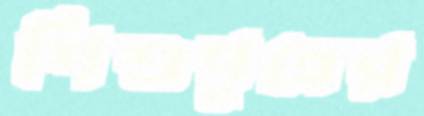
শিশুপুত্রের